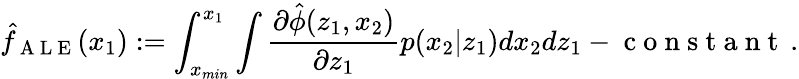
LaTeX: \hat{f}_{\mathrm{~A~L~E~}}(x_{1}):=\int_{x_{min}}^{x_{1}}\int\frac{\partial\hat{\phi}(z_{1},x_{2})}{\partial z_{1}}p(x_{2}|z_{1})dx_{2}dz_{1}-\mathrm{~c~o~n~s~t~a~n~t~}\, .